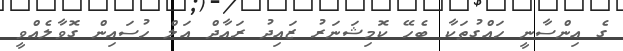
ގެ އިންސާނީ ހައްގުތަކާ ބެހޭ ކޮމިޝަނަރު ޒައިދު ރައާދް އަލް ހުސައިން ގޮވާލެއްވީ